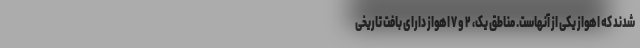
شدند که اهواز یکی از آنهاست. مناطق یک، ۲ و ۷ اهواز دارای بافت تاریخی